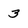
Character: 3